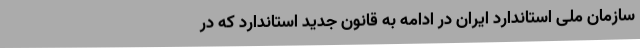
سازمان ملی استاندارد ایران در ادامه به قانون جدید استاندارد که در